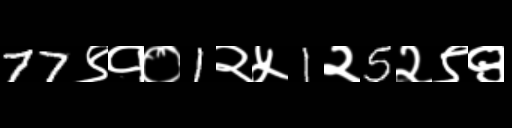
Text: 77९१०1२५1२5२९९